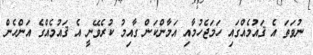
ނުވަތަ އެ ޤައުމެއްގައި ހަމަޖެހުމާއި އަމާންކަން ގާއިމު ކުރެވޭނީ އެ ޤައުމެއްގެ އަންހެން